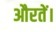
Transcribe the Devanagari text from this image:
औरतें।